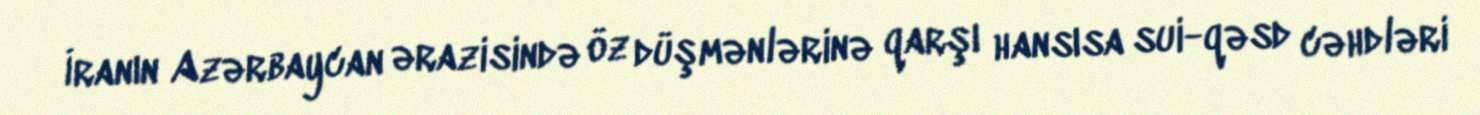
İranın Azərbaycan ərazisində öz düşmənlərinə qarşı hansısa sui-qəsd cəhdləri